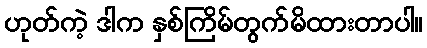
ဟုတ်ကဲ့ ဒါက နှစ်ကြိမ်တွက်မိထားတာပါ။